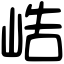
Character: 峼